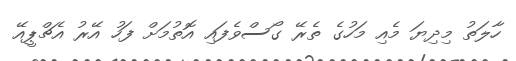
ހާލަތު މިދިޔަ މެއި މަހުގެ ތެރޭ ގޯސްވެފައި އޮތުމަށް ފަހު އޭރު އެޗްޕީއޭ